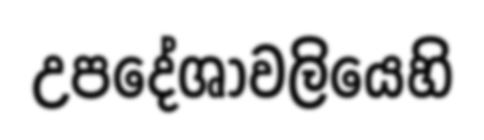
උපදේශාවලියෙහි